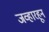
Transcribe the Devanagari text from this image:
जव्हारहून